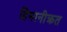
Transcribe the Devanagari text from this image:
हिमानीक्रत